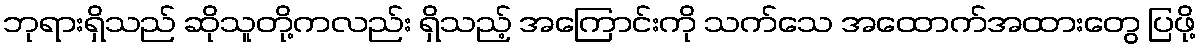
ဘုရားရှိသည် ဆိုသူတို့ကလည်း ရှိသည့် အကြောင်းကို သက်သေ အထောက်အထားတွေ ပြဖို့